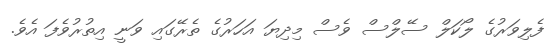
ފެލިވަރުގެ ލޯކަލް ސޭލްސް ވެސް މިދިޔަ އަހަރުގެ ތެރޭގައި ވަނީ އިތުރުވެފަ އެވެ.